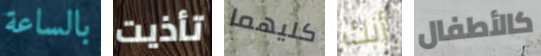
بالساعة تأذيت كليهما أنك كالأطفال